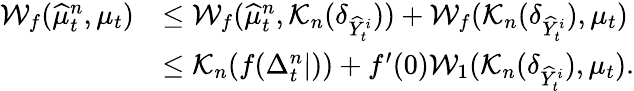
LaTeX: \begin{array}{rl}{\mathcal{W}_{f}(\widehat{\mu}_{t}^{n},\mu_{t})}&{\leq\mathcal{W}_{f}(\widehat{\mu}_{t}^{n},\mathcal{K}_{n}(\delta_{\widehat{Y}_{t}^{i}}))+\mathcal{W}_{f}(\mathcal{K}_{n}(\delta_{\widehat{Y}_{t}^{i}}),\mu_{t})}\\ &{\leq\mathcal{K}_{n}(f(\Delta_{t}^{n}|))+f^{\prime}(0)\mathcal{W}_{1}(\mathcal{K}_{n}(\delta_{\widehat{Y}_{t}^{i}}),\mu_{t}).}\end{array}